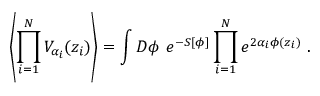
\left\langle \prod _ { i = 1 } ^ { N } V _ { \alpha _ { i } } ( z _ { i } ) \right\rangle = \int D \phi \ e ^ { - S [ \phi ] } \prod _ { i = 1 } ^ { N } e ^ { 2 \alpha _ { i } \phi ( z _ { i } ) } \ .